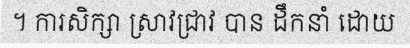
។ ការសិក្សា ស្រាវជ្រាវ បាន ដឹកនាំ ដោយ